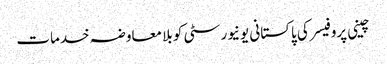
چینی پروفیسر کی پاکستانی یونیورسٹی کو بلا معاوضہ خدمات